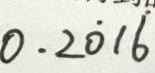
0 . 2 \dot { 0 } 1 \dot { 6 }